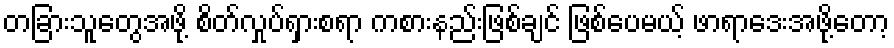
တခြားသူတွေအဖို့ စိတ်လှုပ်ရှားစရာ ကစားနည်းဖြစ်ချင် ဖြစ်ပေမယ့် ဖာရာဒေးအဖို့တော့